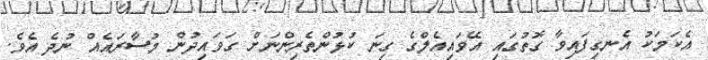
އެކަމަކު އެނގިފައިވާ ގޮތުގައި އޭވައިއެލްގެ ގިނަ ކުޅުންތެރިންނަށް ގަވައިދުން މުސާރައެއް ނުދެ އެވެ.